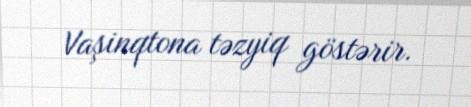
Vaşinqtona təzyiq göstərir.